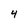
Character: 4